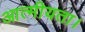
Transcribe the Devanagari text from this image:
आत्मीयता।